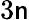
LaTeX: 3\mathsf{n}